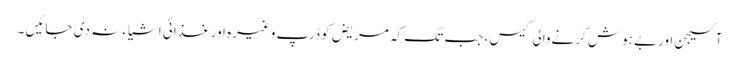
آکسیجن اوربے ہوش کرنےوالی گیس ، جب تک کہ مریض کو ڈرپ وغیرہ اورغذائی اشیاء نہ دی جائیں ۔